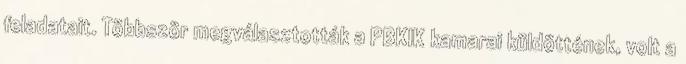
feladatait. Többször megválasztották a PBKIK kamarai küldöttének, volt a